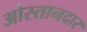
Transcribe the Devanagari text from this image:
ओस्तानदार